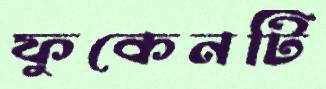
ফুকেনটি